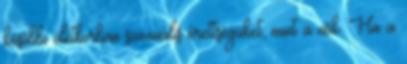
későbbi életkorban szexuális érettségüket, mint a nők. Ha a